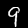
Digit: 9